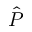
\hat { P }